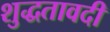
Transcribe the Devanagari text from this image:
शुद्धतावदी